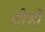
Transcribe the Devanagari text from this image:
शीओं